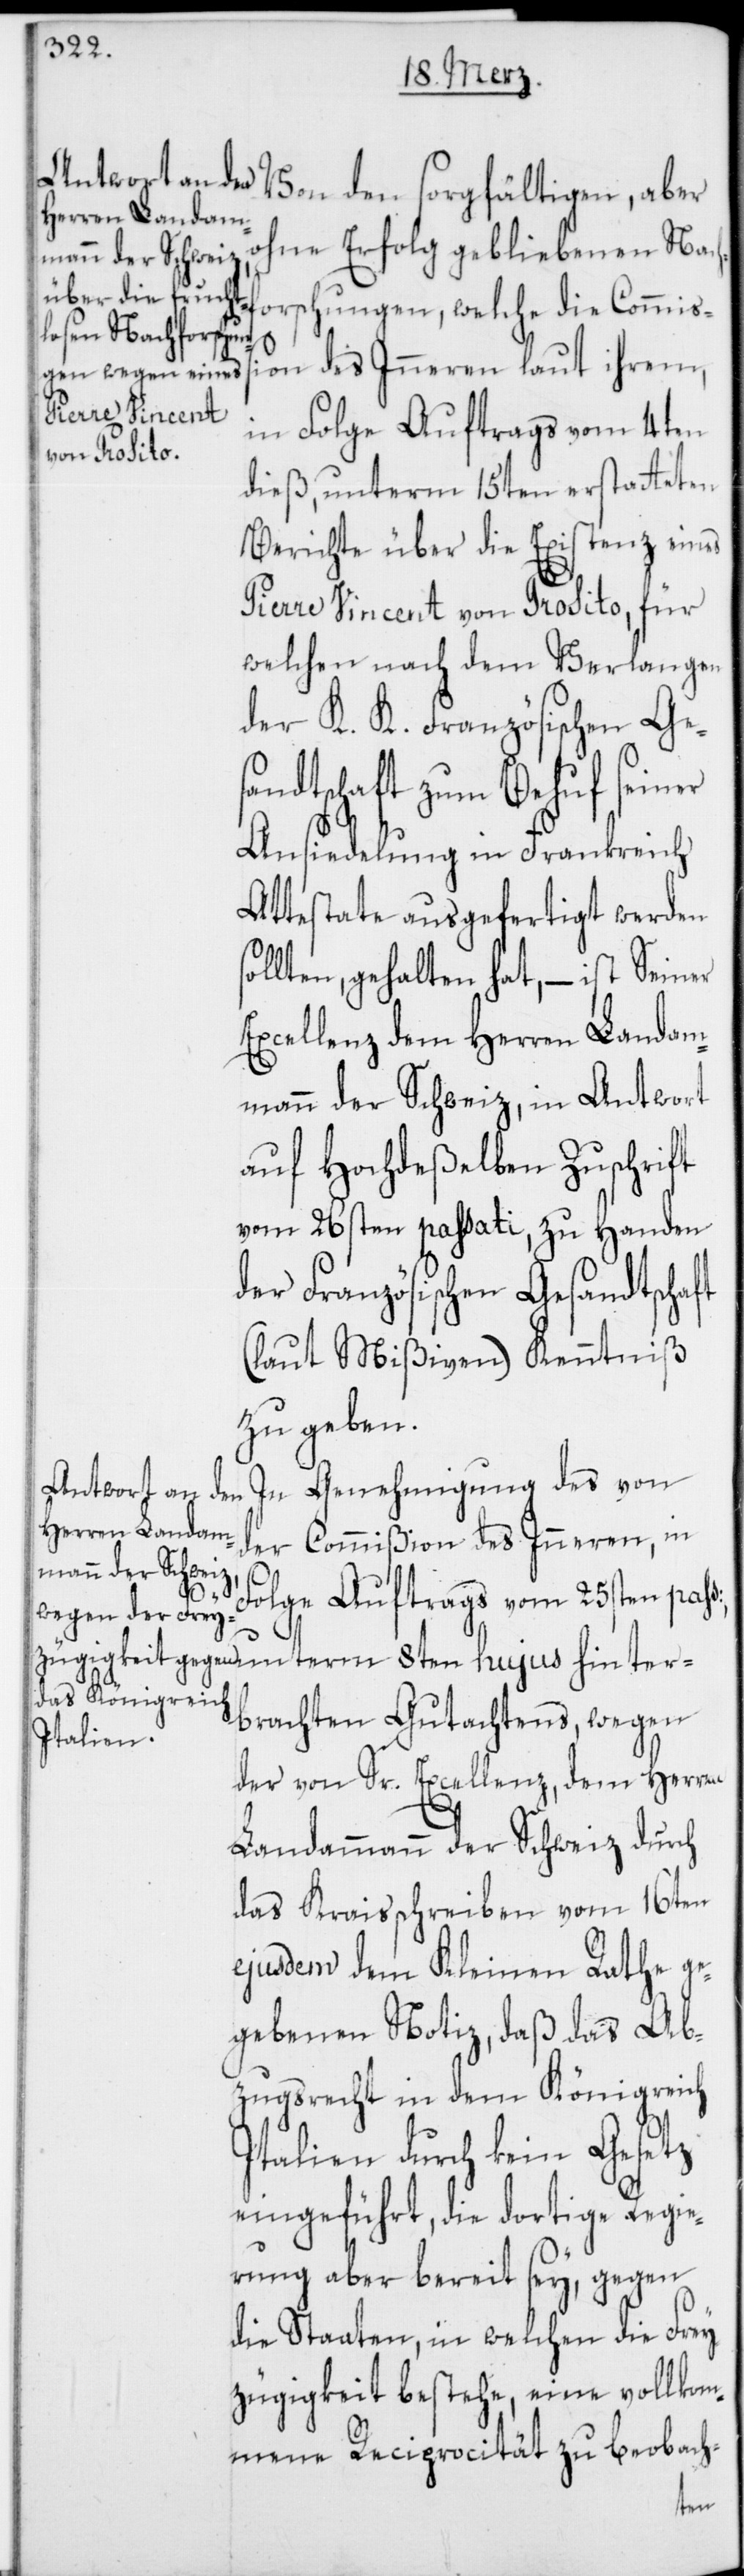
Von den sorgfältigen, aber
ohne Erfolg gebliebenen Nac¬
orschungen, welche die Commiß¬
ion des Inneren laut ihrem,
hujus hinter¬
in Folge Auftrags vom 4ten
dieß, unterm 15ten erstatteten
Berichte über die Existenz eines
Pierre Vincent von Prosito, für
welchen nach dem Verlangen
der K. K. Französischen Ges¬
andtschaft zum Behuf seiner
Ansiedelung in Frankreich
Attestate ausgefertiget werden
ollten, gehalten hat, – ist Seiner
Excellenz dem Herren Landam¬
mann der Schweiz, in Antwort
auf Hochdeßelben Zuschrift
vom 26sten passati, zu Handen
der Französischen Gesandtschaft
(laut Mißiven) Kenntniß
zu geben.
In Genehmigung des von
der Commißion des Inneren, in
s¬
Folge Auftrags vom 25sten paß:,
brachten Gutachtens, wegen
der von Sr. Excellenz, dem Herren
Landammann der Schweiz durch
das Kraisschreiben vom 16ten
ejusdem dem Kleinen Rathe ge¬
gebenen Notiz, daß das Ab¬
zugsrecht in dem Königreich
Italien durch kein Gesetz
eingeführt, die dortige Regie¬
rung aber bereit sey, gegen
die Staaten, in welchen die Frey¬
zügigkeit bestehe, eine vollkom¬
mene Reciprocität zu beobach-
8ten